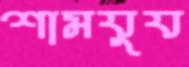
শামযুয